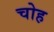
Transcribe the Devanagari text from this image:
चोह